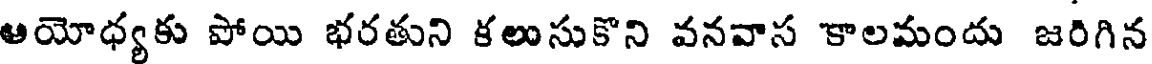
ఆయోధ్యకు పోయి భరతుని కలుసుకొని వనవాస కాలమందు జరిగిన